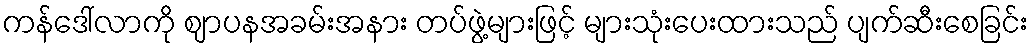
ကန်ဒေါ်လာကို ဈာပနအခမ်းအနား တပ်ဖွဲ့များဖြင့် များသုံးပေးထားသည် ပျက်ဆီးစေခြင်း